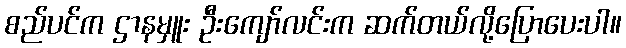
စည်ပင်က ဌာနမှူး ဦးကျော်လင်းက ဆက်တယ်လို့ပြောပေးပါ။